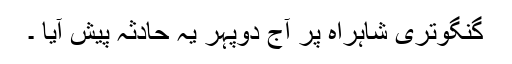
گنگوتری شاہراہ پر آج دوپہر یہ حادثہ پیش آیا ۔